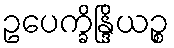
ဥပေက္ခိန္ဒြိယဉ္စ